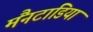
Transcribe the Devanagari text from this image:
मैंनटाडिया